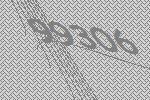
99306